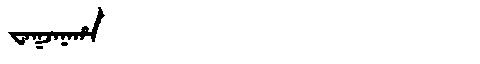
Manchu: ᠸᠠᡴᠵᠠᠨᠠᡥᠠ
Romanization: WAKJANAHA